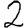
Digit: 2